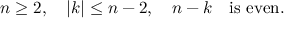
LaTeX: n \geq 2 , \quad | k | \leq n - 2 , \quad n - k \mathrm { \quad } \mathrm { i s ~ e v e n } .